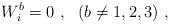
LaTeX: \begin{align*}W^b_i = 0 \ , \ \ (b \ne 1,2,3) \ , \end{align*}